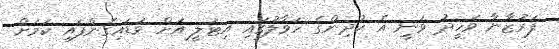
ފަރުޒާނާ ވަހީދު ވަނީ އެ ކުދިންގެ ހަވާލުގައި އިޓަލީ އަށް ވަޑައިގެންފައި ކަމަށް